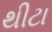
થીટા